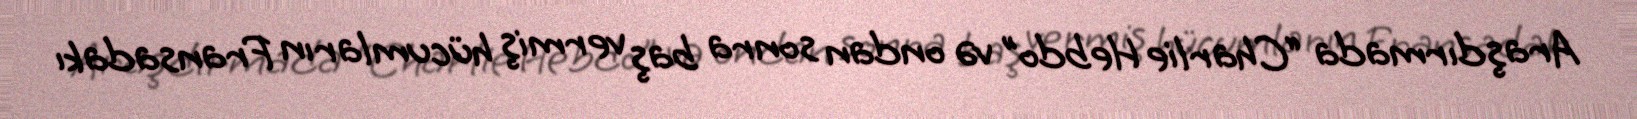
Araşdırmada “Charlie Hebdo” və ondan sonra baş vermiş hücumların Fransadakı